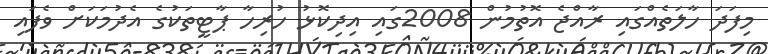
މިފަދަ ހާލަތެއްގައި ރާއްޖެ އޮތުމުން 2008ގައި އިދިކޮޅު ހުރިހާ ޕާޓީތަކުގެ އެދުމަކަށް ވެފައި